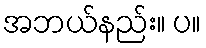
အဘယ်နည်း။ ပ။